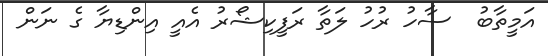
އަމީތާބު  ސާހު ރުހު ލަތާ ރަފީކިޝޯރު އެއީ އިންޑިޔާ ގެ ނަން